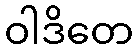
ဝါဒိတေ